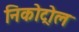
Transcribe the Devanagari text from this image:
निकोट्रोल